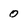
Character: 0